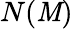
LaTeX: N(\mathit{M})